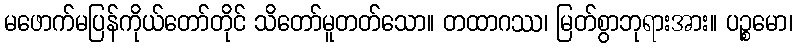
မဖောက်မပြန်ကိုယ်တော်တိုင် သိတော်မူတတ်သော။ တထာဂဿ၊ မြတ်စွာဘုရားအား။ ပဉ္စမော၊